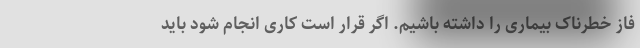
فاز خطرناک بیماری را داشته باشیم. اگر قرار است کاری انجام شود باید